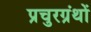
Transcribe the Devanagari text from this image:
प्रचुरग्रंथों